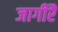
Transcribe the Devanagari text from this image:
जागीरैं